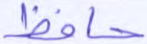
حافظ